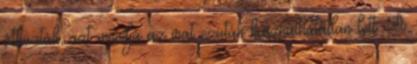
áthúzták, azt mondja az irat ezután használhatatlan lett. A